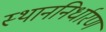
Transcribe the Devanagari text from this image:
स्थाननिर्धारण